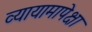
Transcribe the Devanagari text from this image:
व्यायामापेक्षा